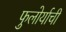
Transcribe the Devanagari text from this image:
फुलोर्याची